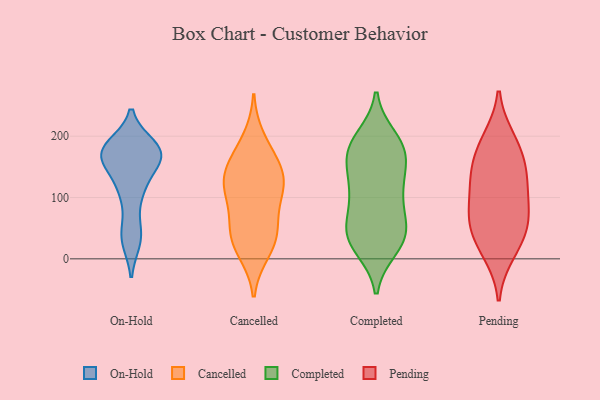
{"axis": {"x": "Inventory Turnover", "y": "Value"}, "legend": ["Cancelled", "Completed", "On-Hold", "Pending"], "data": [{"x": "", "y": 109, "type": "On-Hold"}, {"x": "", "y": 31, "type": "On-Hold"}, {"x": "", "y": 170, "type": "On-Hold"}, {"x": "", "y": 168, "type": "On-Hold"}, {"x": "", "y": 170, "type": "On-Hold"}, {"x": "", "y": 42, "type": "On-Hold"}, {"x": "", "y": 119, "type": "On-Hold"}, {"x": "", "y": 173, "type": "On-Hold"}, {"x": "", "y": 183, "type": "On-Hold"}, {"x": "", "y": 170, "type": "On-Hold"}, {"x": "", "y": 159, "type": "Cancelled"}, {"x": "", "y": 22, "type": "Cancelled"}, {"x": "", "y": 195, "type": "Cancelled"}, {"x": "", "y": 109, "type": "Cancelled"}, {"x": "", "y": 142, "type": "Cancelled"}, {"x": "", "y": 156, "type": "Cancelled"}, {"x": "", "y": 47, "type": "Cancelled"}, {"x": "", "y": 56, "type": "Cancelled"}, {"x": "", "y": 12, "type": "Cancelled"}, {"x": "", "y": 42, "type": "Cancelled"}, {"x": "", "y": 120, "type": "Cancelled"}, {"x": "", "y": 118, "type": "Cancelled"}, {"x": "", "y": 109, "type": "Cancelled"}, {"x": "", "y": 196, "type": "Completed"}, {"x": "", "y": 48, "type": "Completed"}, {"x": "", "y": 146, "type": "Completed"}, {"x": "", "y": 46, "type": "Completed"}, {"x": "", "y": 22, "type": "Completed"}, {"x": "", "y": 42, "type": "Completed"}, {"x": "", "y": 116, "type": "Completed"}, {"x": "", "y": 113, "type": "Completed"}, {"x": "", "y": 177, "type": "Completed"}, {"x": "", "y": 98, "type": "Completed"}, {"x": "", "y": 19, "type": "Completed"}, {"x": "", "y": 48, "type": "Completed"}, {"x": "", "y": 186, "type": "Completed"}, {"x": "", "y": 37, "type": "Completed"}, {"x": "", "y": 178, "type": "Completed"}, {"x": "", "y": 176, "type": "Completed"}, {"x": "", "y": 103, "type": "Completed"}, {"x": "", "y": 163, "type": "Completed"}, {"x": "", "y": 194, "type": "Pending"}, {"x": "", "y": 118, "type": "Pending"}, {"x": "", "y": 80, "type": "Pending"}, {"x": "", "y": 60, "type": "Pending"}, {"x": "", "y": 139, "type": "Pending"}, {"x": "", "y": 159, "type": "Pending"}, {"x": "", "y": 50, "type": "Pending"}, {"x": "", "y": 11, "type": "Pending"}, {"x": "", "y": 73, "type": "Pending"}, {"x": "", "y": 186, "type": "Pending"}, {"x": "", "y": 129, "type": "Pending"}, {"x": "", "y": 25, "type": "Pending"}]}